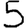
Digit: 5